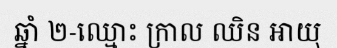
ឆ្នាំ ២-ឈ្មោះ ក្រាល ឈិន អាយុ